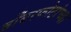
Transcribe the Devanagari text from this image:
बाँबस्फोटांच्या